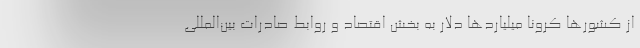
از کشورها کرونا میلیاردها دلار به بخش اقتصاد و روابط صادرات بین‌المللی